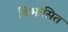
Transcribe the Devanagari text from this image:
विभासित